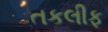
તકલીફ